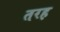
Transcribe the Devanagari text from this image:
तरह़